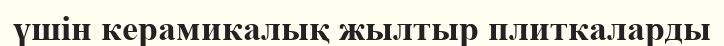
үшін керамикалық жылтыр плиткаларды